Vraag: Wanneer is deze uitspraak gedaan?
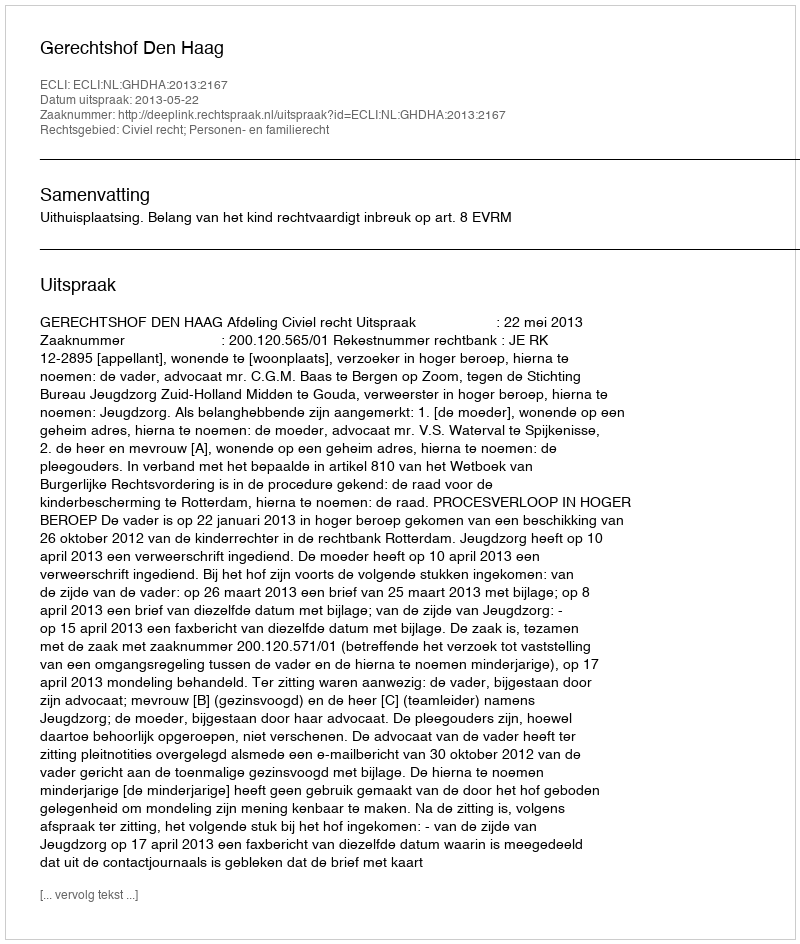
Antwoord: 2013-05-22